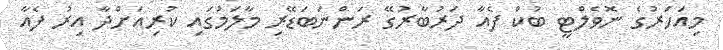
މިއަހަރުގެ ނޮވެލްޓީ ބުކް ފެއާ ދަރުބާރުގޭ ރަންނަބަޑޭރި މާލަމުގައި ކުރިއަށްދާ އިރު ފެއާ